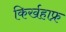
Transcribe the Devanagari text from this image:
किर्खहाफ्र